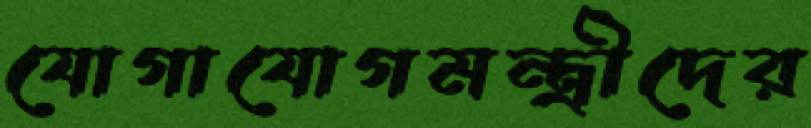
যোগাযোগমন্ত্রীদের